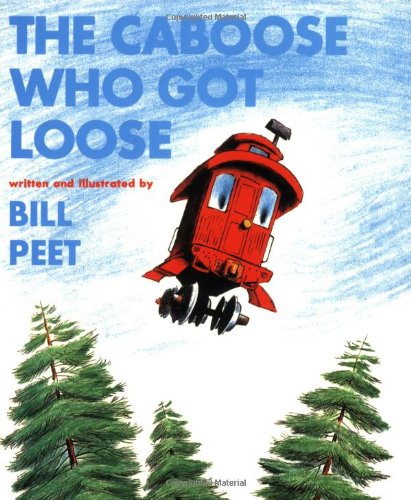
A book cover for The Caboose Who Got Loose (Book and CD); Bill Peet; Children's Books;